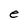
Character: e